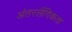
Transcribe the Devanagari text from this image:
अंतरलैंगिकता